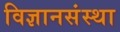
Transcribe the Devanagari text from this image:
विज्ञानसंस्था